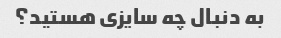
به دنبال چه سایزی هستید؟